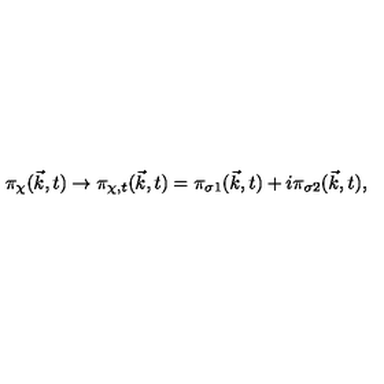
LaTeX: { \pi } _ { \chi } ( { \vec { k } } , t ) \to { \pi } _ { { \chi } , t } ( { \vec { k } } , t ) = { \pi } _ { { \sigma } 1 } ( { \vec { k } } , t ) + i { \pi } _ { { \sigma } 2 } ( { \vec { k } } , t ) ,